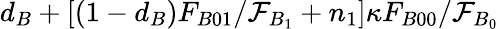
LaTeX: d_{B}+[(1-d_{B})F_{B01}/\mathcal{F}_{B_{1}}+n_{1}]\kappa F_{B00}/\mathcal{F}_{B_{0}}